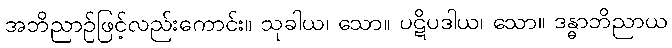
အဘိညာဉ်ဖြင့်လည်းကောင်း။ သုခါယ၊ သော။ ပဋိပဒါယ၊ သော။ ဒန္ဓာဘိညာယ